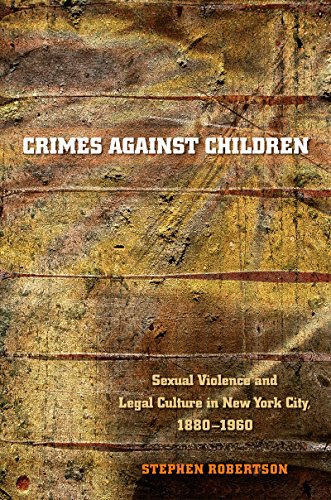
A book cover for Crimes against Children: Sexual Violence and Legal Culture in New York City, 1880-1960 (Studies in Legal History); Stephen Robertson; Law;